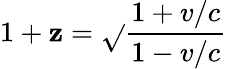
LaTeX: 1+\mathbf{z}={\sqrt{}{{\frac{{1+v/c}}{{1-v/c}}}}}